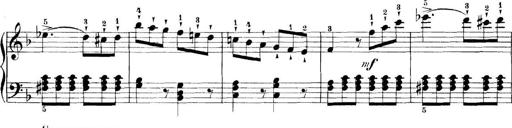
Title: 11 Sonatinas
Composer: Anton Diabelli